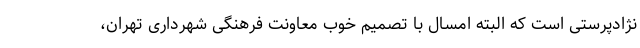
نژادپرستی است که البته امسال با تصمیم خوب معاونت فرهنگی شهرداری تهران،